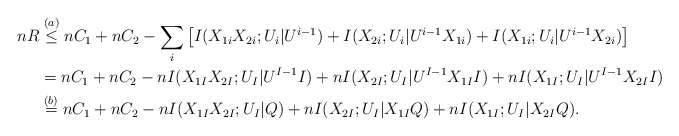
\begin{align*}nR&\stackrel{(a)}{\leq} nC_1+nC_2 -\sum_i \left[I(X_{1i}X_{2i};U_i|U^{i-1})+I(X_{2i};U_i|U^{i-1}X_{1i})+I(X_{1i};U_i|U^{i-1}X_{2i})\right]\\&= nC_1+nC_2 -n I(X_{1I}X_{2I};U_I|U^{I-1}I)+nI(X_{2I};U_I|U^{I-1}X_{1I}I)+nI(X_{1I};U_I|U^{I-1}X_{2I}I)\\&\stackrel{(b)}{=} nC_1+nC_2 -n I(X_{1I}X_{2I};U_I|Q)+nI(X_{2I};U_I|X_{1I}Q)+nI(X_{1I};U_I|X_{2I}Q).\end{align*}